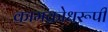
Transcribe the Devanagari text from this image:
कामक्रोधरूपी